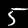
Label: 5